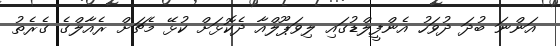
އަންނަ ބުދަ ދުވަހު އެންފީލްޑުގައި ލިވަޕޫލްއާ ދެކޮޅަށް ކުޅޭ މެޗަށް ރެއާލްގެ ގެރެތު